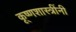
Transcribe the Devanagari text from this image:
कृ्ष्णशास्त्रींनी